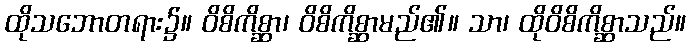
ထိုသဘောတရား၌။ ဝိစိကိစ္ဆာ၊ ဝိစိကိစ္ဆာမည်၏။ သာ၊ ထိုဝိစိကိစ္ဆာသည်။